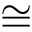
\cong